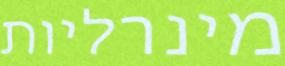
מינרליות